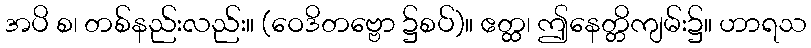
အပိ စ၊ တစ်နည်းလည်း။ (ဝေဒိတဗ္ဗော ၌စပ်)။ ဧတ္ထ၊ ဤနေတ္တိကျမ်း၌။ ဟာရသ